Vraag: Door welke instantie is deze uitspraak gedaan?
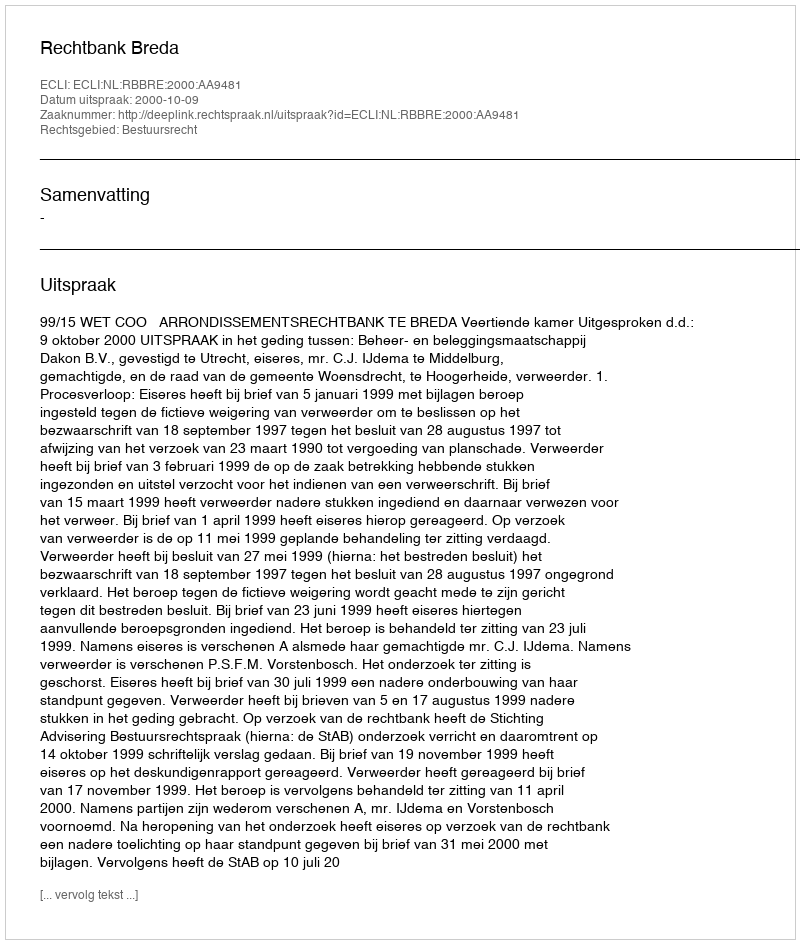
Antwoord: Rechtbank Breda